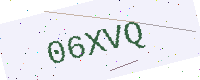
Text: 06XVQ